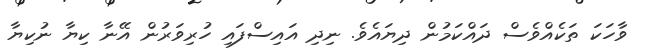
ވާހަކަ ތަކެއްވެސް ދައްކަމުން ދިޔައެވެ. ނިދި އައިސްފައި ހުރިވަރުން އޭނާ ކިޔާ ނުކިޔާ